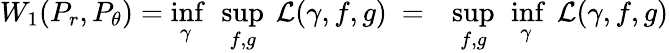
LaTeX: \begin{array}{rl}{W_{1}(P_{r},P_{\theta})=\underset{\gamma}{\operatorname*{inf}}\ \underset{f,g}{\operatorname*{sup}}\ \mathcal{L}(\gamma,f,g)\ =}&{\underset{f,g}{\operatorname*{sup}}\ \underset{\gamma}{\operatorname*{inf}}\ \mathcal{L}(\gamma,f,g)}\end{array}